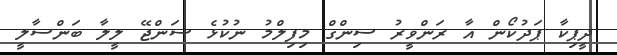
ދީޕިކާ ޕަދުކޯން އާ ރަންވީރު ސިންގް މިފިލްމު ނުކުޅެ ސަންޖޭ ލީލާ ބަންސާލީ